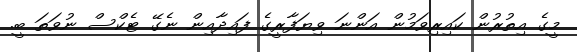
މީގެ އިތުރުން ކައިރިވަމުން އަންނަ ވިޔަފާރީގެ ފައިދާއިން ނެގޭ ޓެކްސް ނުވަތަ ބީ.